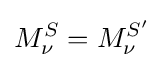
M_{\nu }^{S}=M_{\nu }^{S'}